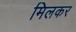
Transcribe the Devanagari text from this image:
मिलकर